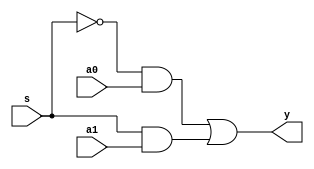
`timescale 1ns / 1ps
//////////////////////////////////////////////////////////////////////////////////
// Company: 
// Engineer: 
// 
// Design Name: 
// Module Name: MUX2X1
// Project Name: 
// Target Devices: 
// Tool Versions: 
// Description: 
// 
// Dependencies: 
// 
// Revision:
// Revision 0.01 - File Created
// Additional Comments:
// 
//////////////////////////////////////////////////////////////////////////////////


module MUX2X1(a0,a1,s,y);
    input a0,a1,s;
    output y;
    not n1(s_n,s);
    and and1(and_1,s_n,a0);
    and and2(and_2,s,a1);
    or or1(y,and_1,and_2);
endmodule